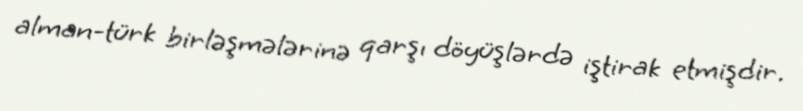
alman-türk birləşmələrinə qarşı döyüşlərdə iştirak etmişdir.